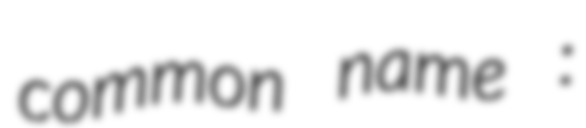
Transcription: common name :